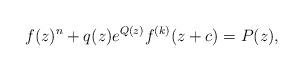
LaTeX: \begin{align*} f(z)^n+q(z)e^{Q(z)}f^{(k)}(z+c)=P(z), \end{align*}